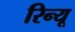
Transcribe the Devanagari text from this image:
रिन्यू